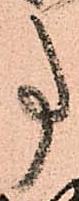
事